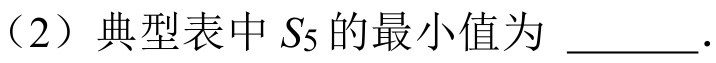
（2）典型表中 \(S_{5}\) 的最小值为  \underline{\ \ \ \ \ \ } .